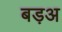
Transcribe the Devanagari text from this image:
बड़अ